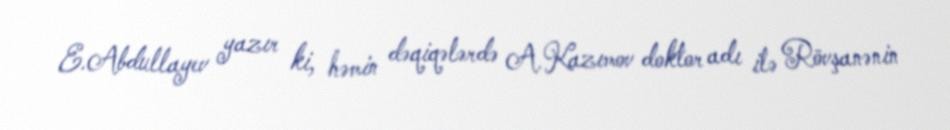
E.Abdullayev yazır ki, həmin dəqiqələrdə A.Kazımov doktor adı ilə Rövşanənin